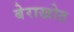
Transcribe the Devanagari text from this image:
बेराखोठ